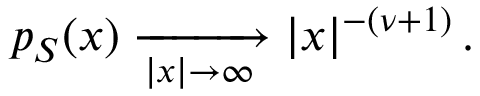
p _ { S } ( x ) \xrightarrow [ { | x | \to \infty } ] { } | x | ^ { - ( \nu + 1 ) } \, .